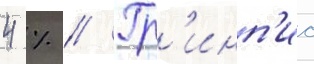
4 % // Гр'инп'ис